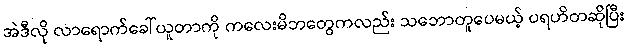
အဲဒီလို လာရောက်ခေါ်ယူတာကို ကလေးမိဘတွေကလည်း သဘောတူပေမယ့် ပရဟိတဆိုပြီး